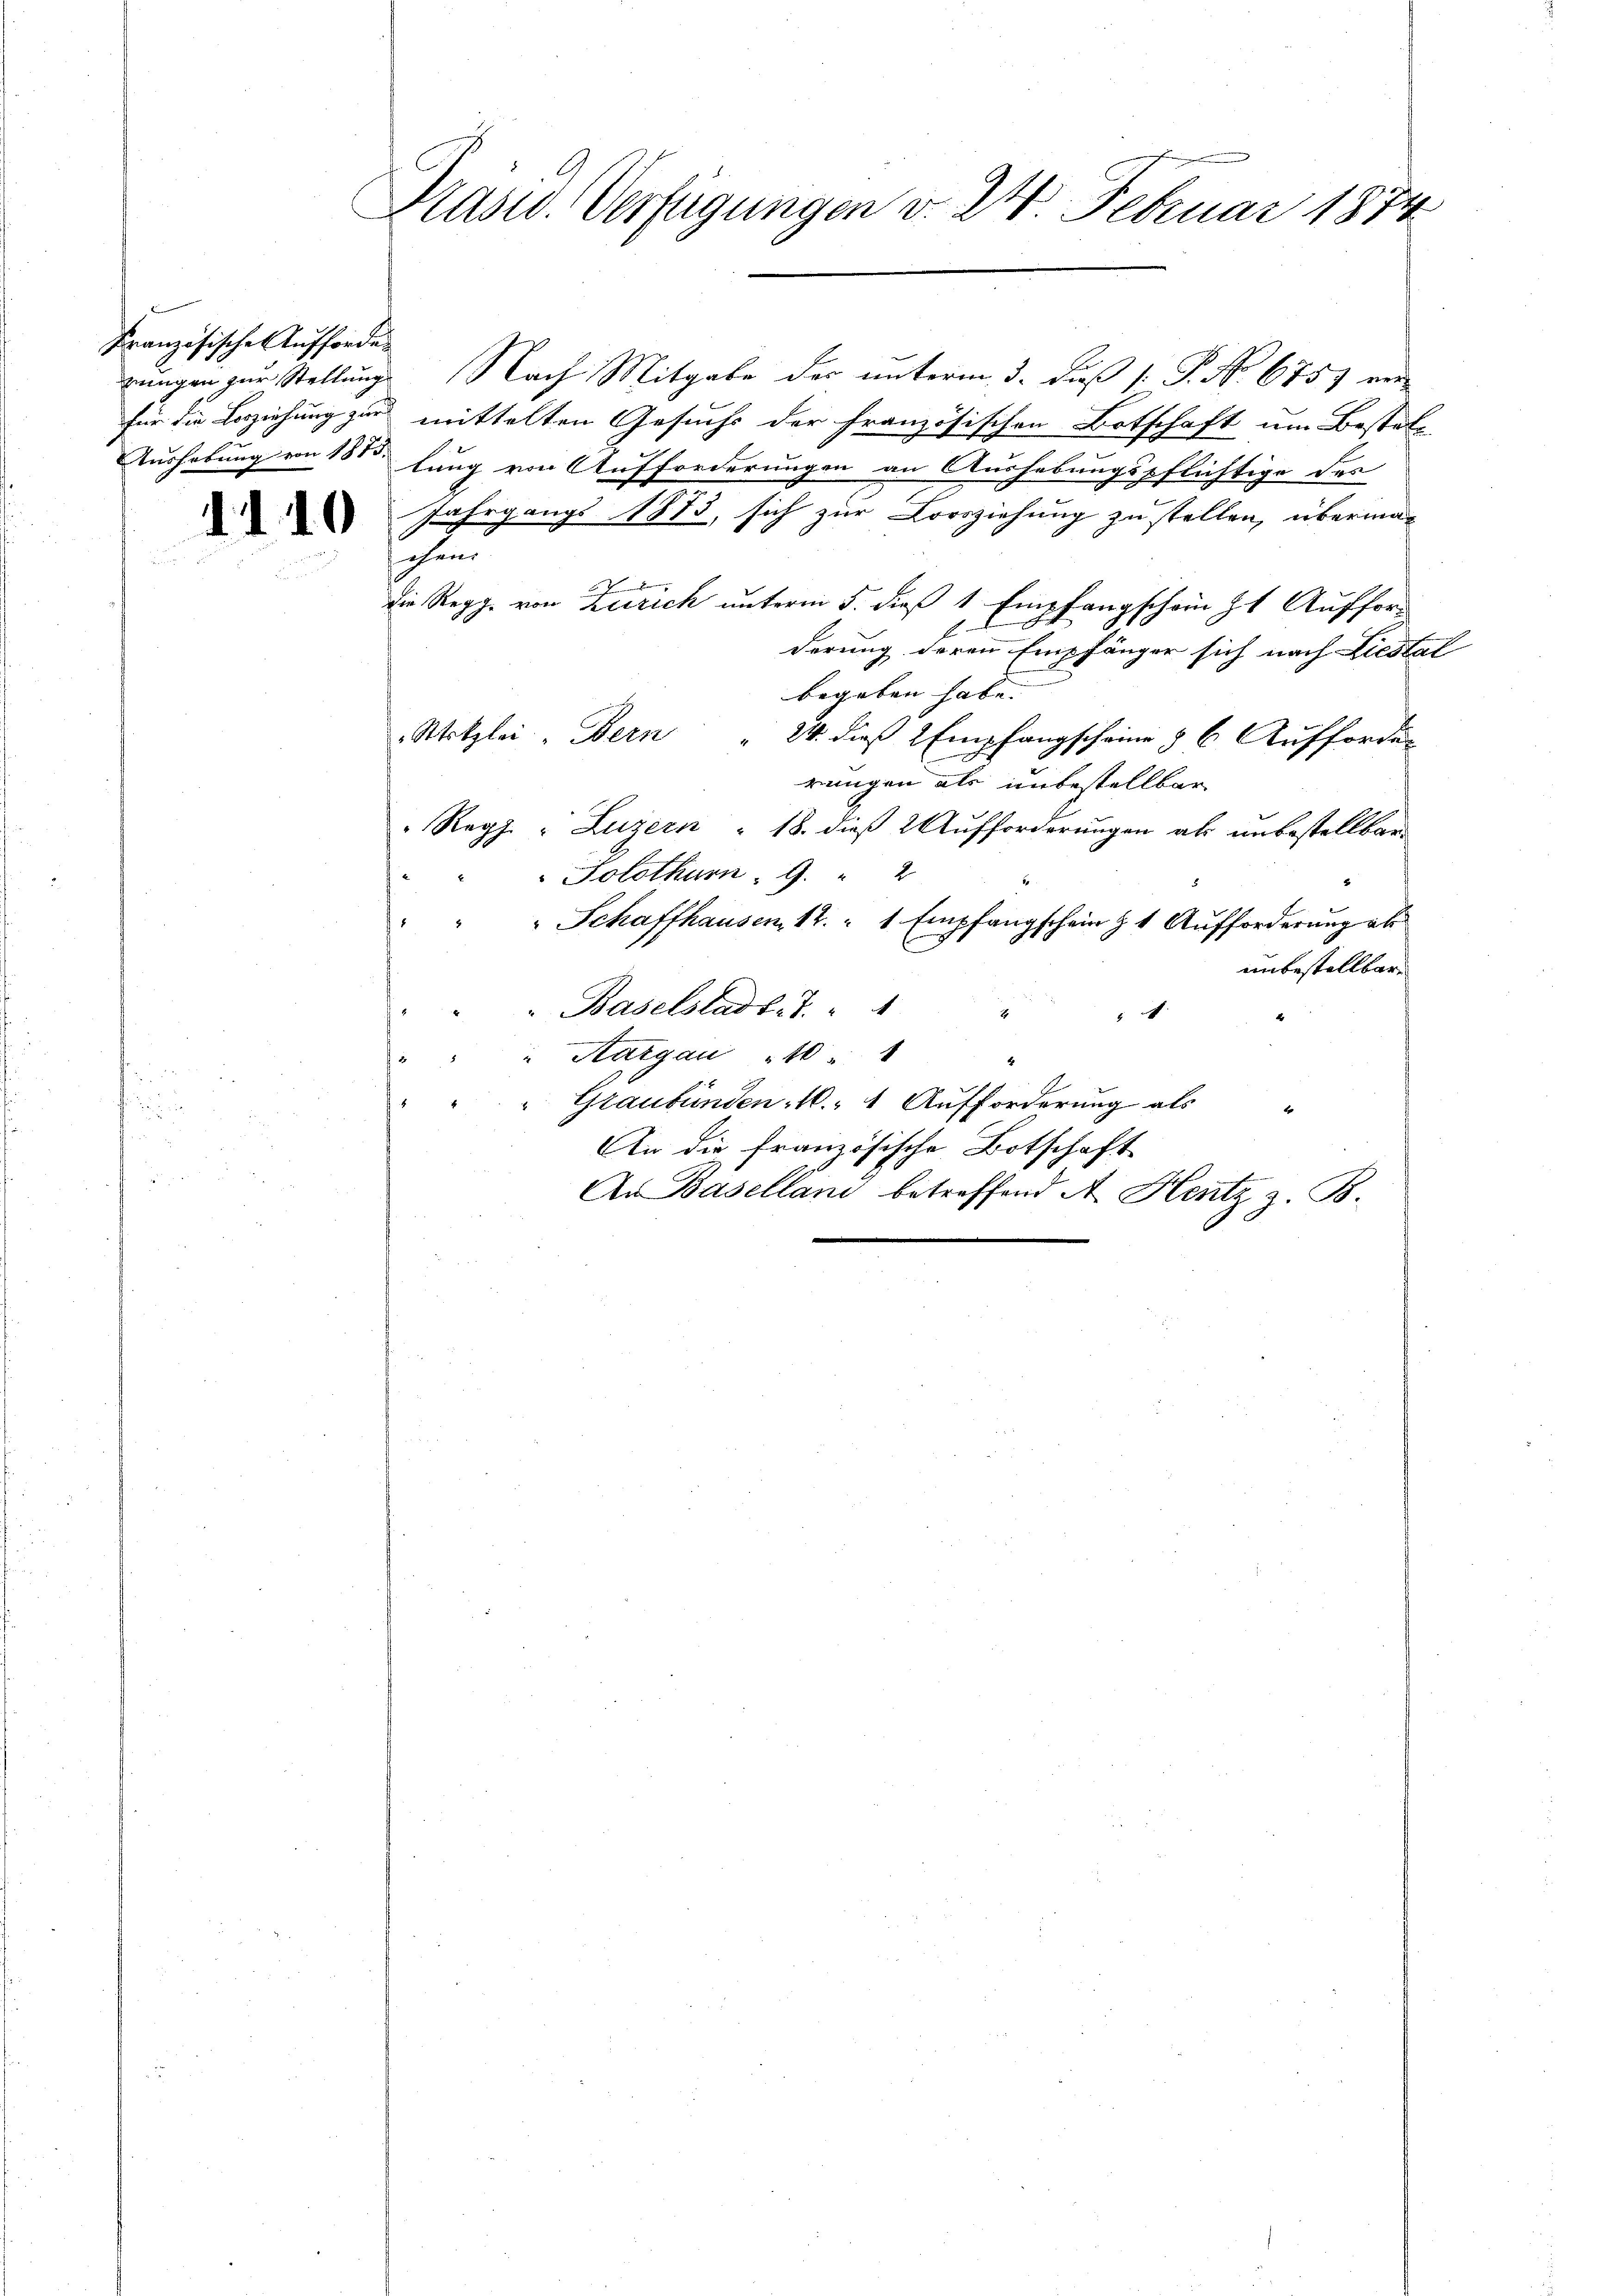
Französische Aufforden

II10

Präsid. Verfügungen v. 24. Februar 1874

rungen zur Stellung. Nach Mitgabe der unterm 3. Fuß [ P. No 675) ver-
für die Beziehung zur mittelten Gesuchs der Französischen Botschaft um Bestal-
Aushebung von 181 lung von Aufforderungen an Aushebungspflichtige des
Jahrgangs 1873, sich zur Corsziehung zu stellen, übermachen

die Regg. von Zürich unterm 5. dieß 1 Empfangschein zu Aufford
1
derung deren Empfänger sich nach Liestal
begeben habe. |
Wetzlei Bern " 24. dieß 2 Empfangscheine & 6. Aufforde-
rungen als unbestellbar
Reph. Luzern : 18. dieß 2 Aufforderungen als unbestellbar
Solothurn. G. " 2
4
Schaffhausen, 12. " 1 Empfangschein g t Aufforderung ab
E
unbestellbar
 Baselstadt. S. 4

" Aargau 10 " "
Graubünden 10. 1 Aufforderung als
Er
An die französische Botschaft
An Baselland betreffend A. Heutz z. B.